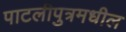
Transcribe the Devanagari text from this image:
पाटलीपुत्रमधील